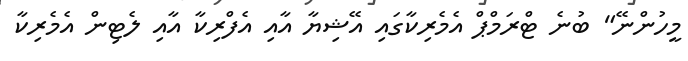
މީހުންނޭ" ބުނެ ޓްރަމްޕް އެމެރިކާގައި އޭޝިޔާ އާއި އެފްރިކާ އާއި ލެޓިން އެމެރިކާ